Leaving Certificate Examination (including Day School Certificate (Higher) General paper), 1938
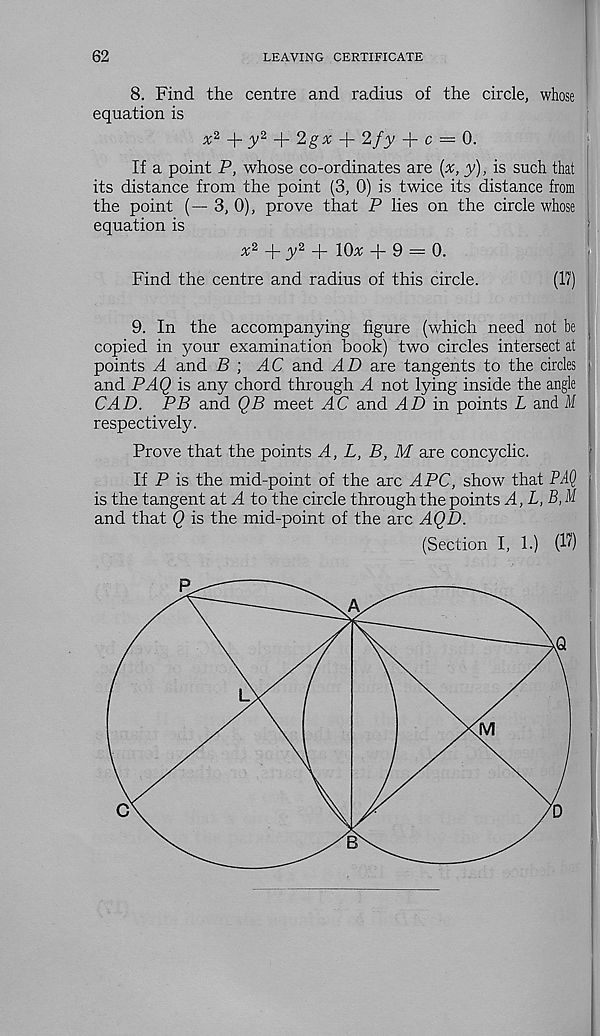
62
LEAVING CERTIFICATE
8. Find the centre and radius of the circle, whose
equation is
* 2 + iV 2 + 2g* + 2fy + c = 0.
If a point P, whose co-ordinates are (x, y), is such that
its distance from the point (3, 0) is twice its distance from
the point (— 3, 0), prove that P lies on the circle whose
equation is
^2 + fV 2 + 10* + 9 = 0.
Find the centre and radius of this circle.
(17)
9. In the accompanying figure (which need not be l
copied in your examination book) two circles intersect at
points A and 5 ; AC and AD are tangents to the cirdes i
and PAQ is any chord through A not lying inside the angle
CAD. PB and QB meet AC and AD in points L and M
respectively.
Prove that the points A, L, B, M are concyclic.
If P is the mid-point of the arc ^4PC, show that P4<?
is the tangent at + to the circle through the points A, L,B,M
and that Q is the mid-point of the arc AQD.
(Section I, 1.) (1?)